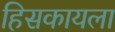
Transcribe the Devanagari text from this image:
हिसकायला